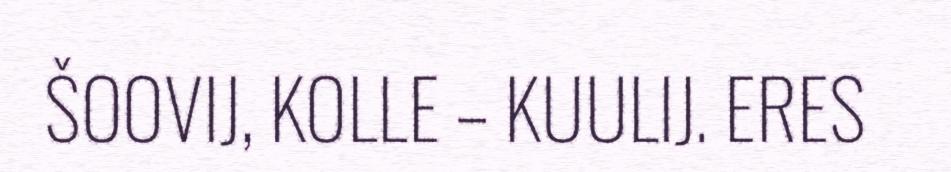
ŠOOVIJ, KOLLE – KUULIJ. ERES